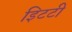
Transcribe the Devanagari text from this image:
इिटटी